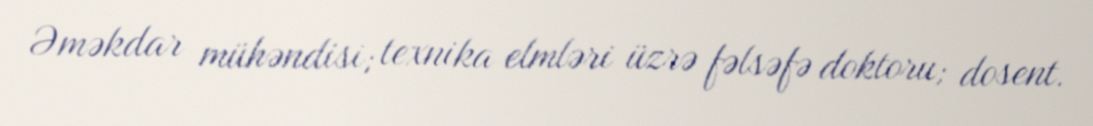
Əməkdar mühəndisi; texnika elmləri üzrə fəlsəfə doktoru; dosent.